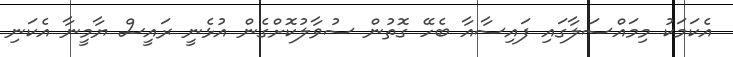
އެކަމަކު މިމައްސަލާގައި ފައިސާއާ ބެހޭ ގޮތުން ސުވާލުކޮށްގެން އުޅެނީ ރައީސް ޔާމީނާ އެކަނި